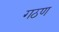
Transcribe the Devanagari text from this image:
गठण